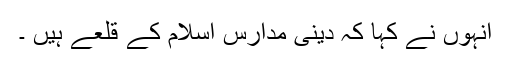
انہوں نے کہا کہ دینی مدارس اسلام کے قلعے ہیں ۔